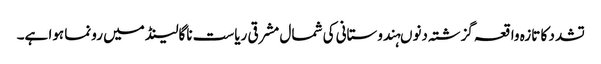
تشدد کا تازہ واقعہ گزشتہ دنوںہندوستانی کی شمال مشرقی ریاست ناگالینڈ میں رونما ہوا ہے۔